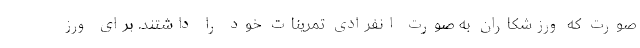
صورت که ورزشکاران به صورت انفرادی تمرینات خود را داشتند. برای ورز